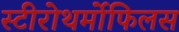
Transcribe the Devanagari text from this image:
स्टीरोथर्मोफिलस